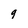
Character: 9